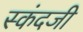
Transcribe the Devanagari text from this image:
स्कंदजी